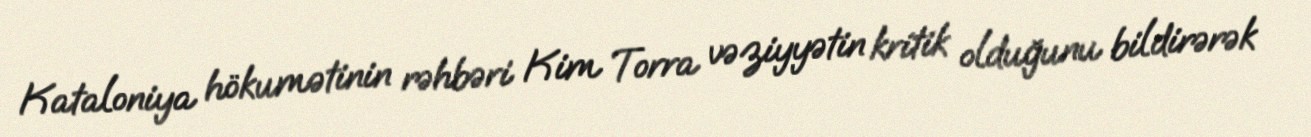
Kataloniya hökumətinin rəhbəri Kim Torra vəziyyətin kritik olduğunu bildirərək